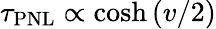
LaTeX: \tau_{\mathrm{PNL}}\propto\cosh{(v/2)}